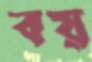
বয়